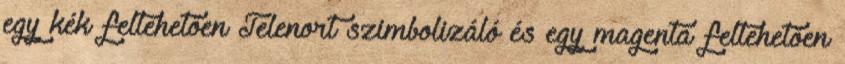
egy kék feltehetően Telenort szimbolizáló és egy magenta feltehetően